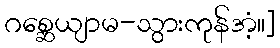
ဂစ္ဆေယျာမ-သွားကုန်အံ့။]